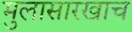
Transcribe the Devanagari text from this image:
मुलासारखाच